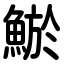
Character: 鯲